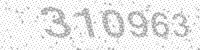
Solution: 310963